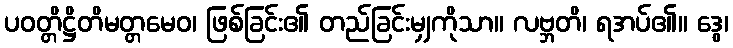
ပဝတ္တိဋ္ဌိတိမတ္တမေဝ၊ ဖြစ်ခြင်း၏ တည်ခြင်းမျှကိုသာ။ လဗ္ဘတိ၊ ရအပ်၏။ ဒွေ၊